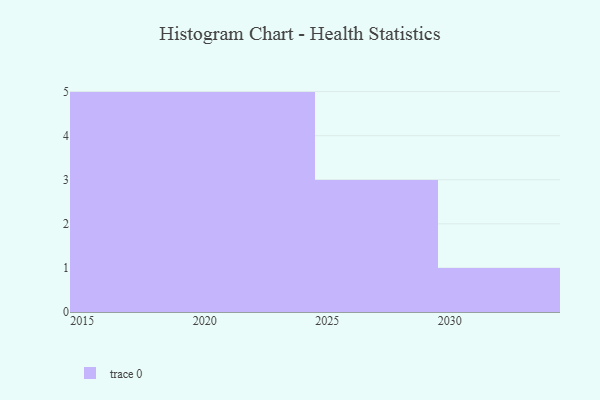
{"axis": {"x": "Year", "y": "Population (Million)"}, "legend": [""], "data": [{"x": "2024", "y": 67, "type": ""}, {"x": "2019", "y": 98, "type": ""}, {"x": "2018", "y": 60, "type": ""}, {"x": "2022", "y": 62, "type": ""}, {"x": "2020", "y": 54, "type": ""}, {"x": "2015", "y": 28, "type": ""}, {"x": "2030", "y": 92, "type": ""}, {"x": "2023", "y": 50, "type": ""}, {"x": "2016", "y": 27, "type": ""}, {"x": "2029", "y": 36, "type": ""}, {"x": "2021", "y": 97, "type": ""}, {"x": "2026", "y": 59, "type": ""}, {"x": "2028", "y": 53, "type": ""}, {"x": "2017", "y": 38, "type": ""}]}